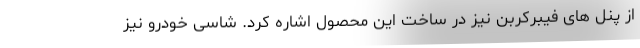
از پنل های فیبرکربن نیز در ساخت این محصول اشاره کرد. شاسی خودرو نیز